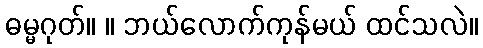
ဓမ္မဂုတ်။ ။ ဘယ်လောက်ကုန်မယ် ထင်သလဲ။